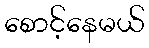
စောင့်နေမယ်